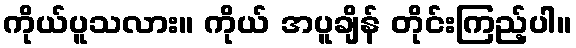
ကိုယ်ပူသလား။ ကိုယ် အပူချိန် တိုင်းကြည့်ပါ။